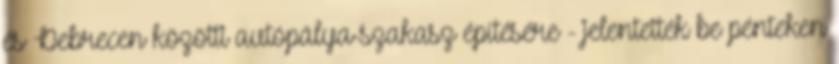
és Debrecen közötti autópálya-szakasz építésére - jelentették be pénteken